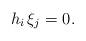
LaTeX: \begin{align*} h_i\,\xi_j = 0.\end{align*}